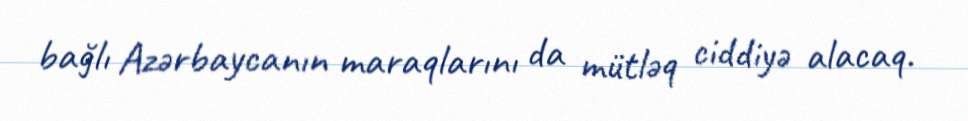
bağlı Azərbaycanın maraqlarını da mütləq ciddiyə alacaq.